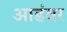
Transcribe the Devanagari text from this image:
आडंवर